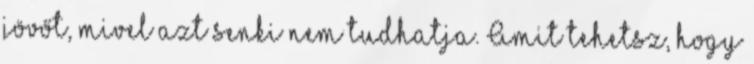
jövőt, mivel azt senki nem tudhatja. Amit tehetsz, hogy